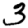
Digit: 3